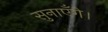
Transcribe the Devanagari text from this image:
सुनाएँगे।